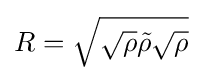
R={\sqrt {{\sqrt {\rho }}{\tilde {\rho }}{\sqrt {\rho }}}}